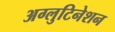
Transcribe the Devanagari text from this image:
अग्लुटिनेशन